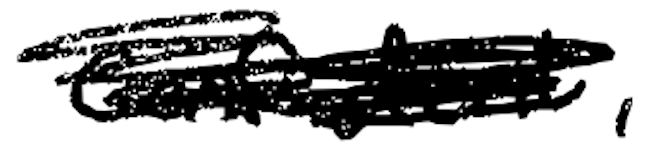
Text: confident,
Cross-out: mix
Writing tool: digital_black